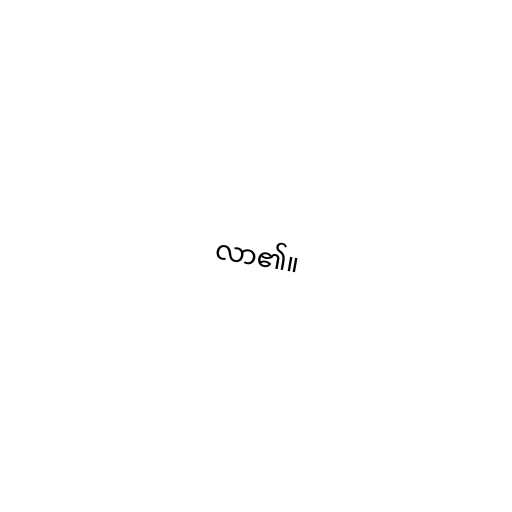
လာ၏။